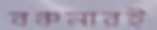
বঞ্চনারই